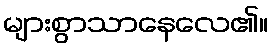
များစွာသာနေလေ၏။